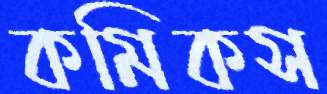
কমিকস